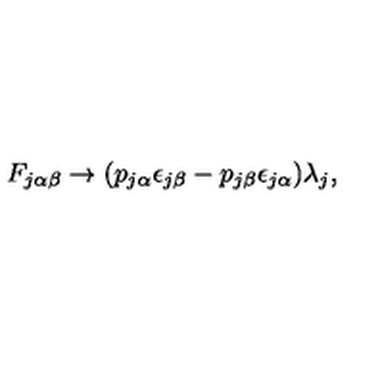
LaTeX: F _ { j \alpha \beta } \rightarrow ( p _ { j \alpha } \epsilon _ { j \beta } - p _ { j \beta } \epsilon _ { j \alpha } ) \lambda _ { j } ,